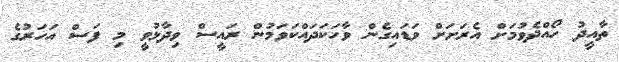
ތާއީދު ހޯއްދެވުމަށް އެރަށަށް ވަޑައިގެން ވާހަކަދައްކަވަމުން ރައީސް ވިދާޅުވީ މި ފަސް އަހަރުގެ